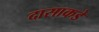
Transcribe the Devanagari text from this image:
दासाकडे